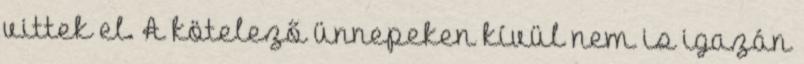
vittek el. A kötelező ünnepeken kívül nem is igazán